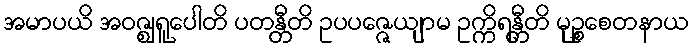
အမာပယိ အဝဇ္ဈရူပေါတိ ပတန္တီတိ ဥပပဇ္ဇေယျာမ ဥက္ကိရန္တီတိ မုဉ္စစေတနာယ